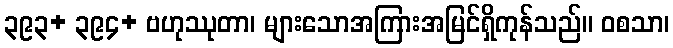
၃၉၃+ ၃၉၄+ ဗဟုဿုတာ၊ များသောအကြားအမြင်ရှိကုန်သည်။ ဝစသာ၊